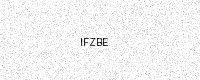
Text: IFZBE